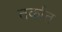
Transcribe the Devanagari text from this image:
तर्कांत